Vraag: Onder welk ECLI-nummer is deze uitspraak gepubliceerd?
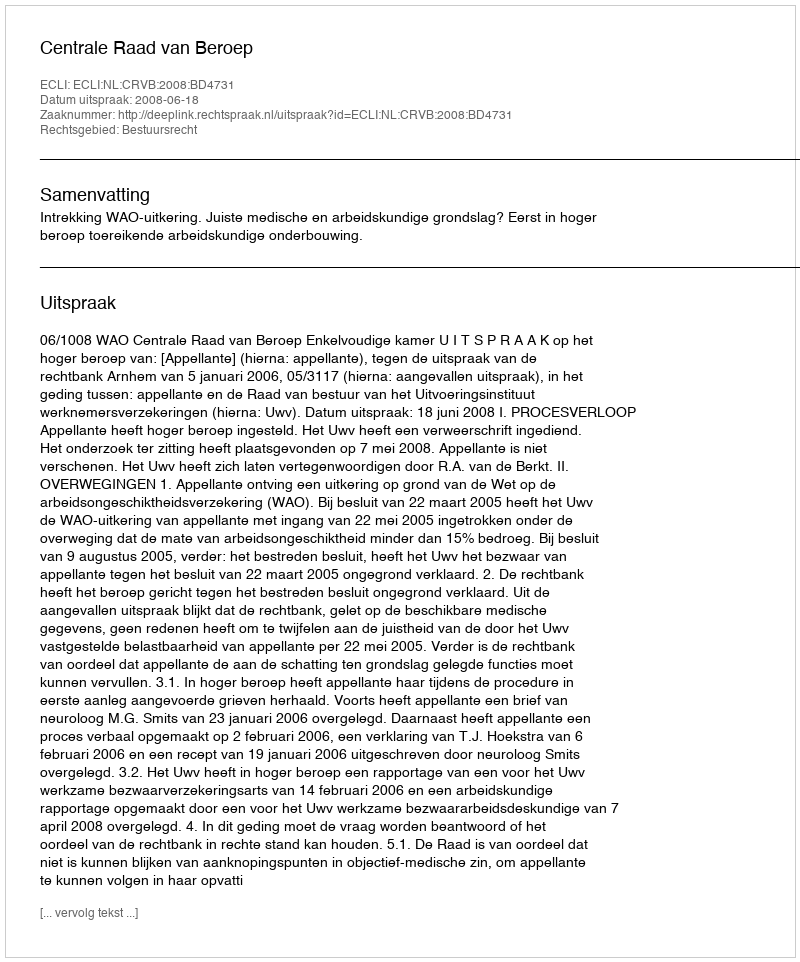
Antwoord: ECLI:NL:CRVB:2008:BD4731